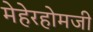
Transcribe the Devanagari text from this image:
मेहेरहोमजी